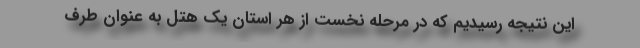
این نتیجه رسیدیم که در مرحله نخست از هر استان یک هتل به عنوان طرف